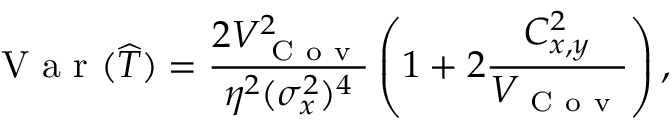
\mathrm { ~ V ~ a ~ r ~ } ( \widehat { T } ) = \frac { 2 V _ { \mathrm { ~ C ~ o ~ v ~ } } ^ { 2 } } { \eta ^ { 2 } ( \sigma _ { x } ^ { 2 } ) ^ { 4 } } \left( 1 + 2 \frac { C _ { x , y } ^ { 2 } } { V _ { \mathrm { ~ C ~ o ~ v ~ } } } \right) ,